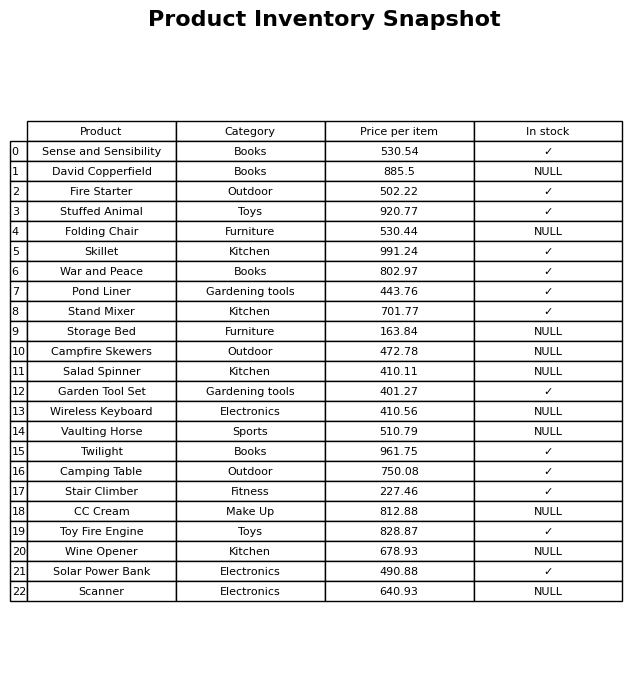
question: Which products are available in stock?
answer: Sense and Sensibility, Fire Starter, Stuffed Animal, Skillet, War and Peace, Pond Liner, Stand Mixer, Garden Tool Set, Twilight, Camping Table, Stair Climber, Toy Fire Engine, Solar Power Bank